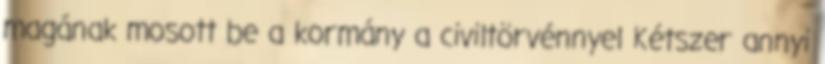
magának mosott be a kormány a civiltörvénnyel Kétszer annyi